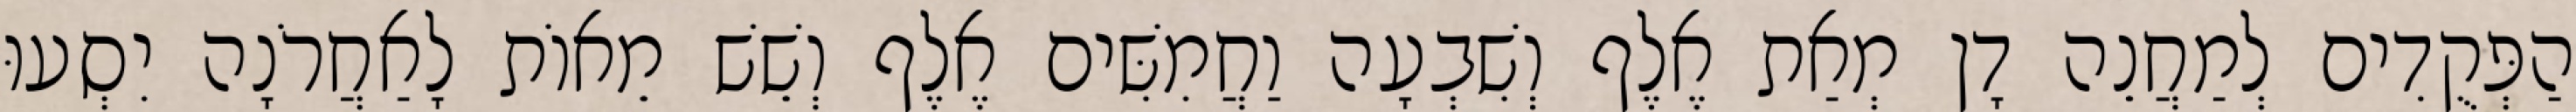
הַפְּקֻדִים לְמַחֲנֵה דָן מְאַת אֶלֶף וְשִׁבְעָה וַחֲמִשִּׁים אֶלֶף וְשֵׁשׁ מֵאוֹת לָאַחֲרֹנָה יִסְעוּ